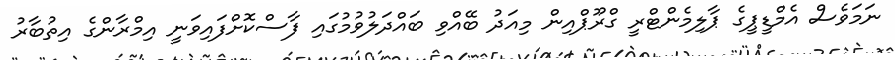
ނަމަވެސް އެމްޑީޕީގެ ޕާލިމެންޓްރީ ގްރޫޕްއިން މިއަދު ބޭއްވި ބައްދަލުވުމުގައި ފާސްކޮށްފައިވަނީ އިމްރާންގެ އިތުބާރު